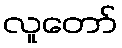
လူတော်